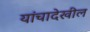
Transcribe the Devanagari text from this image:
यांचादेखील